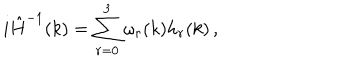
i \hat { H } ^ { - 1 } ( k ) = \sum _ { r = 0 } ^ { 3 } \omega _ { r } ( k ) h _ { r } ( k ) \, ,